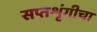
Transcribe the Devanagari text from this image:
सप्तशृंगीचा